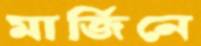
মার্জিনে